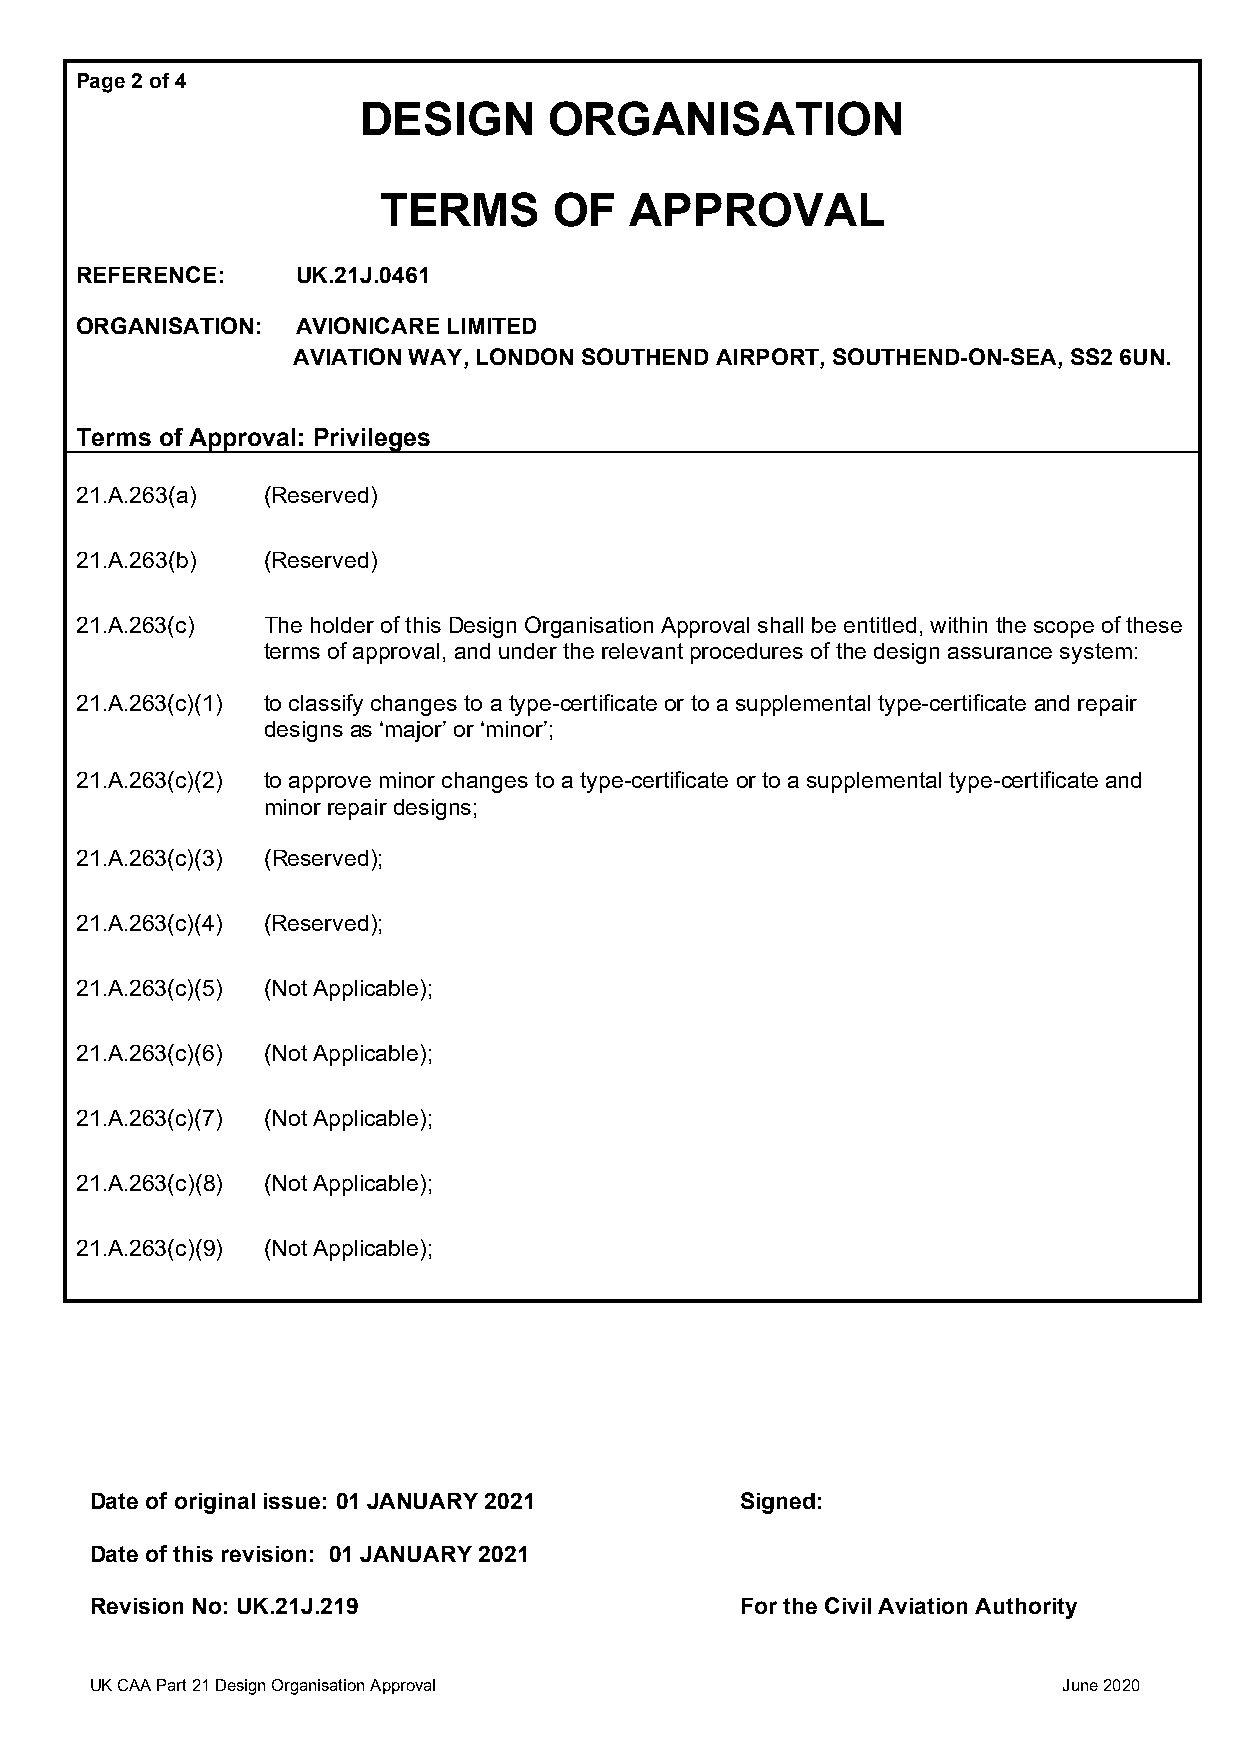
Page 2 of 4
 DESIGN      ORGANISATION
 TERMS       OF   APPROVAL
 REFERENCE:     UK.21J.0461
 ORGANISATION:  AVIONICARE LIMITED
 AVIATION WAY, LONDON SOUTHEND AIRPORT, SOUTHEND-ON-SEA, SS2 6UN.
 Terms of Approval: Privileges
 21.A.263(a) (Reserved)
 21.A.263(b) (Reserved)
 21.A.263(c) The holder of this Design Organisation Approval shall be entitled, within the scope of these
 terms of approval, and under the relevant procedures of the design assurance system:
 21.A.263(c)(1) to classify changes to a type-certificate or to a supplemental type-certificate and repair
 designs as ‘major’ or ‘minor’;
 21.A.263(c)(2) to approve minor changes to a type-certificate or to a supplemental type-certificate and
 minor repair designs;
 21.A.263(c)(3) (Reserved);
 21.A.263(c)(4) (Reserved);
 21.A.263(c)(5) (Not Applicable);
 21.A.263(c)(6) (Not Applicable);
 21.A.263(c)(7) (Not Applicable);
 21.A.263(c)(8) (Not Applicable);
 21.A.263(c)(9) (Not Applicable);
 Date of original issue: 01 JANUARY 2021    Signed:
 Date of this revision: 01 JANUARY 2021
 Revision No: UK.21J.219                    For the Civil Aviation Authority
 UK CAA Part 21 Design Organisation Approval                     June 2020